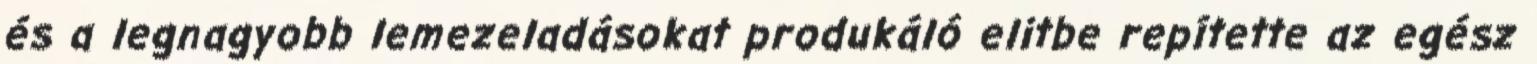
és a legnagyobb lemezeladásokat produkáló elitbe repítette az egész